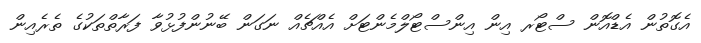
އެގޮތުން އެޑްއޮން ސްޓޯރ އިން އިންސްޓޯލްމެންޓަށް އެއްޗެއް ނަގަން ބޭނުންފުޅުވާ ފަރާތްތަކުގެ ތެރެއިން